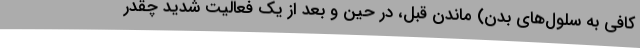
کافی به سلول‌های بدن) ماندن قبل، در حین و بعد از یک فعالیت شدید چقدر